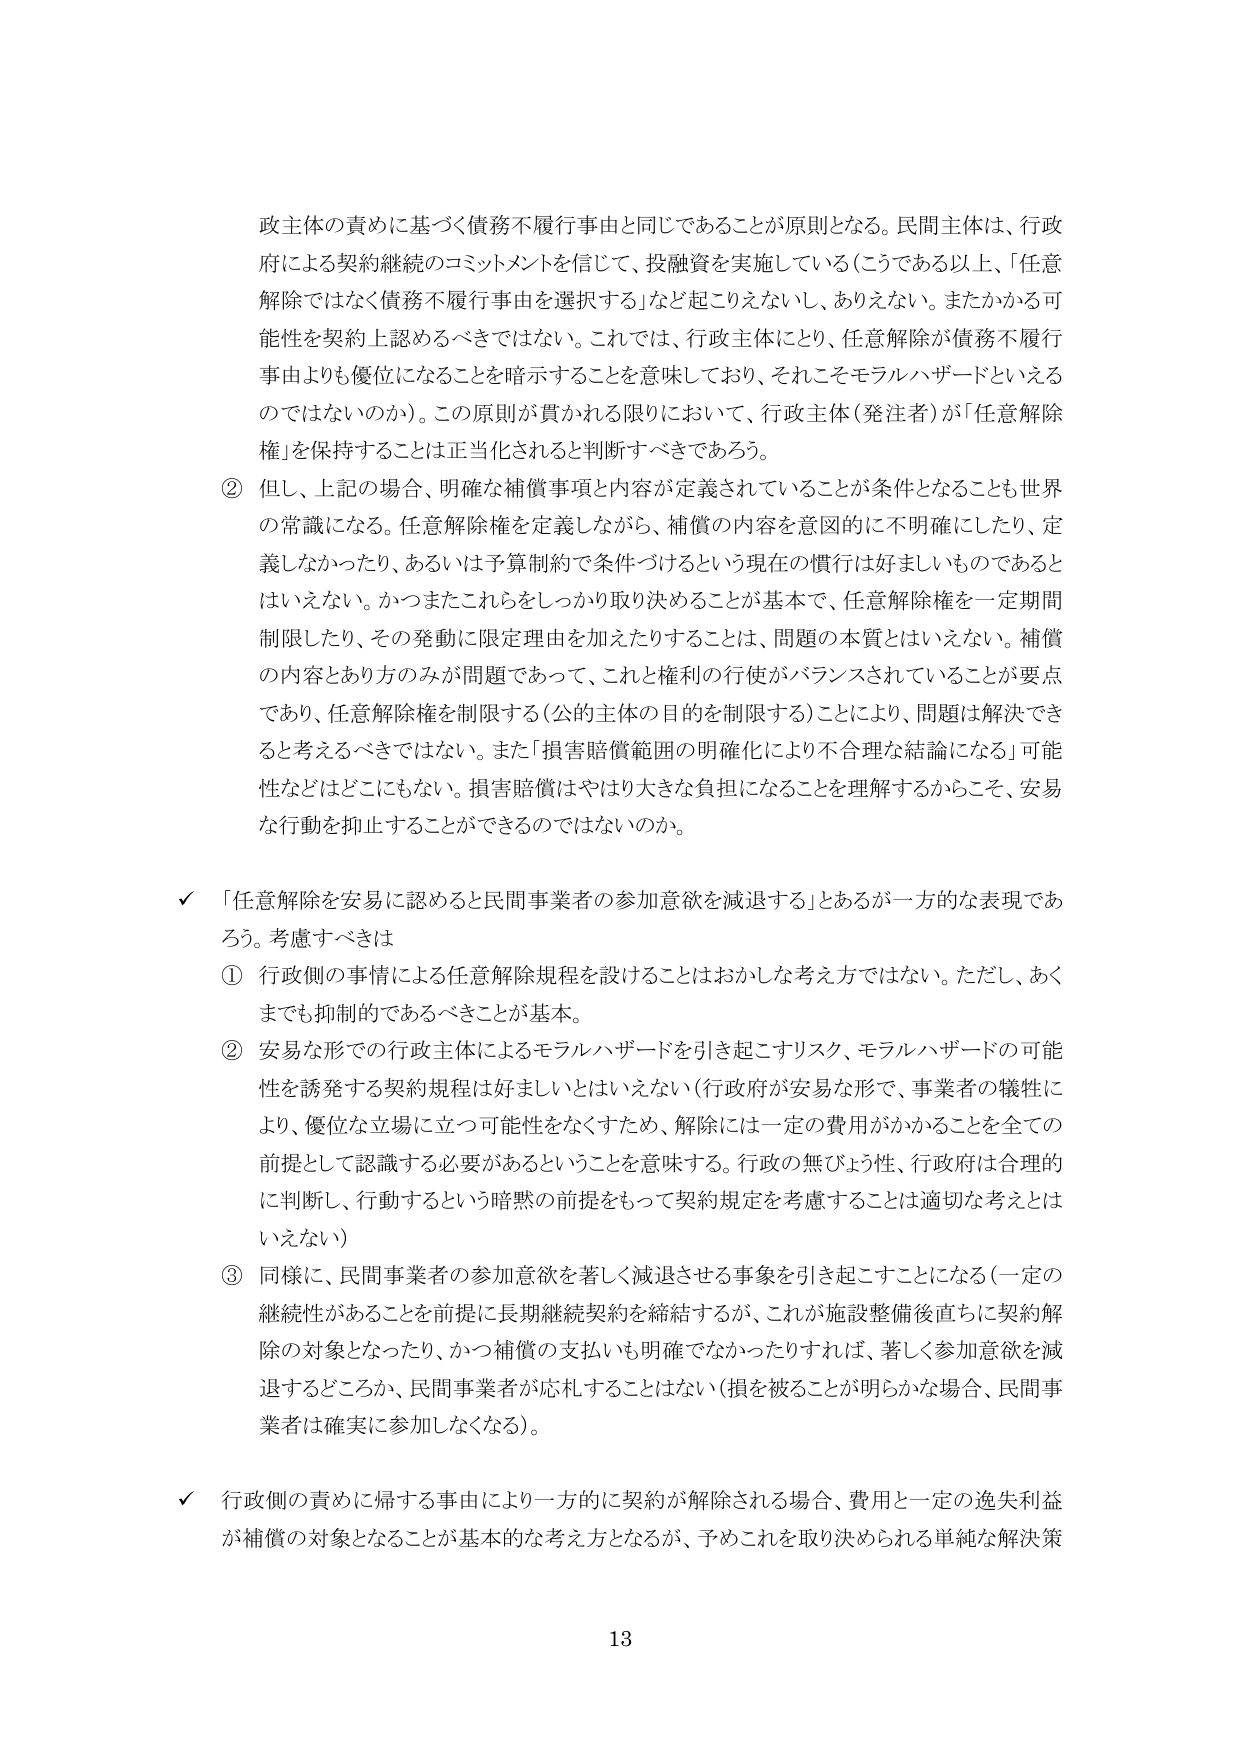
政主体の責めに基づく債務不履行事由と同じであることが原則となる。民間主体は、行政府による契約継続のコミットメントを信じて、投融資を実施している（こうである以上、「任意解除ではなく債務不履行事由を選択する」など起こりえないし、ありえない。またかかる可能性を契約上認めるべきではない。これでは、行政主体にとり、任意解除が債務不履行事由よりも優位になることを暗示することを意味しており、それこそモラルハザードといえるのではないか）。この原則が貫かれる限りにおいて、行政主体（発注者）が「任意解除権」を保持することは正当化されると判断すべきであろう。

② 但し、上記の場合、明確な補償事項と内容が定義されていることが条件となることも世界の常識になる。任意解除権を定義しながら、補償の内容を意図的に不明確にしたり、定義しなかったり、あるいは予算制約で条件づけるという現在の慣行は好ましいものであるとはいえない。かつまたこれらをしっかり取り決めることが基本で、任意解除権を一定期間制限したり、その発動に限定理由を加えたりすることは、問題の本質とはいえない。補償の内容とあり方のみが問題であって、これと権利の行使がバランスされていることが要点であり、任意解除権を制限する（公的主体の目的を制限する）ことにより、問題は解決できると考えるべきではない。また「損害賠償範囲の明確化により不合理な結論になる」可能性などはどこにもない。損害賠償はやはり大きな負担になることを理解するからこそ、安易な行動を抑止することができるのではないのか。

✓ 「任意解除を安易に認めると民間事業者の参加意欲を減退する」とあるが一方的な表現であろう。考慮すべきは

① 行政側の事情による任意解除規程を設けることはおかしな考え方ではない。ただし、あくまでも抑制的であるべきことが基本。

② 安易な形での行政主体によるモラルハザードを引き起こすリスク、モラルハザードの可能性を誘発する契約規程は好ましいとはいえない（行政府が安易な形で、事業者の犠牲により、優位な立場に立つ可能性をなくすため、解除には一定の費用がかかることを全ての前提として認識する必要があるということを意味する。行政の無ぶよう性、行政府は合理的に判断し、行動するという暗黙の前提をもって契約規定を考慮することは適切な考えとはいえない）

③ 同様に、民間事業者の参加意欲を著しく減退させる事象を引き起こすことになる（一定の継続性があることを前提に長期継続契約を締結するが、これが施設整備後直ちに契約解除の対象となったり、かつ補償の支払いも明確でなかったりすれば、著しく参加意欲を減退するどころか、民間事業者が応札することはない（損を被ることが明らかな場合、民間事業者は確実に参加しなくなる））。

✓ 行政側の責めに帰する事由により一方的に契約が解除される場合、費用と一定の逸失利益が補償の対象となることが基本的な考え方となるが、予めこれを取り決められる単純な解決策

13